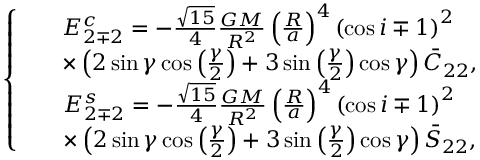
\left\{ \begin{array} { c } { \begin{array} { r l } & { E _ { 2 \mp 2 } ^ { c } = - \frac { \sqrt { 1 5 } } { 4 } \frac { G M } { R ^ { 2 } } \left( \frac { R } { a } \right) ^ { 4 } \left( \cos i \mp 1 \right) ^ { 2 } } \\ & { \times \left( 2 \sin \gamma \cos \left( \frac { \gamma } { 2 } \right) + 3 \sin \left( \frac { \gamma } { 2 } \right) \cos \gamma \right) \bar { C } _ { 2 2 } , } \end{array} } \\ { \begin{array} { r l } & { E _ { 2 \mp 2 } ^ { s } = - \frac { \sqrt { 1 5 } } { 4 } \frac { G M } { R ^ { 2 } } \left( \frac { R } { a } \right) ^ { 4 } \left( \cos i \mp 1 \right) ^ { 2 } } \\ & { \times \left( 2 \sin \gamma \cos \left( \frac { \gamma } { 2 } \right) + 3 \sin \left( \frac { \gamma } { 2 } \right) \cos \gamma \right) \bar { S } _ { 2 2 } , } \end{array} } \end{array} \right.